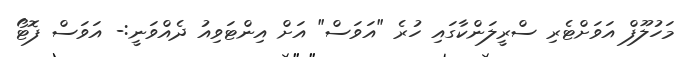
މަހުލޫފް އަވަށްޓެރި ސްރީލަންކާގައި ހުރެ "އަވަސް" އަށް އިންޓަވިއު ދެއްވަނީ:- އަވަސް ފޮޓޯ